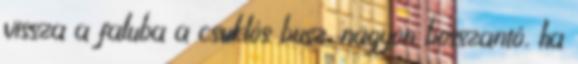
vissza a faluba a csuklós busz, nagyon bosszantó, ha